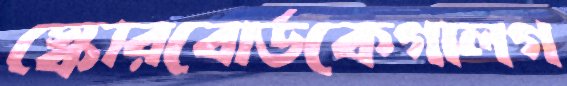
স্কোরবোর্ডকেগালগ